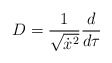
\begin{align*}D=\frac 1{\sqrt{\dot x^2}}\frac d{d\tau } \end{align*}